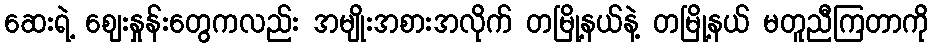
ဆေးရဲ့ ဈေးနှုန်းတွေကလည်း အမျိုးအစားအလိုက် တမြို့နယ်နဲ့ တမြို့နယ် မတူညီကြတာကို